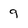
Character: 9